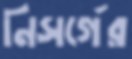
নিসর্গের